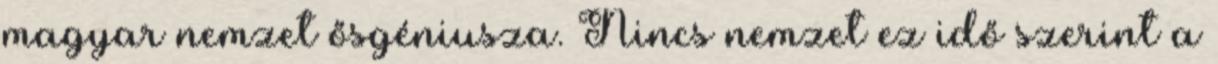
magyar nemzet ősgéniusza. Nincs nemzet ez idő szerint a